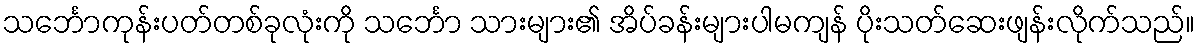
သင်္ဘောကုန်းပတ်တစ်ခုလုံးကို သင်္ဘော သားများ၏ အိပ်ခန်းများပါမကျန် ပိုးသတ်ဆေးဖျန်းလိုက်သည်။